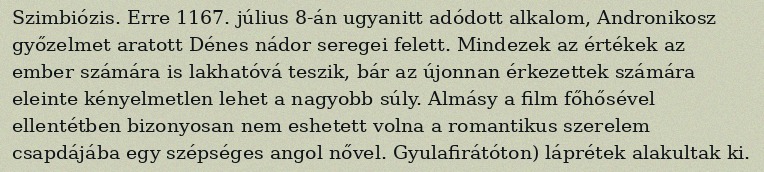
Szimbiózis. Erre 1167. július 8-án ugyanitt adódott alkalom, Andronikosz győzelmet aratott Dénes nádor seregei felett. Mindezek az értékek az ember számára is lakhatóvá teszik, bár az újonnan érkezettek számára eleinte kényelmetlen lehet a nagyobb súly. Almásy a film főhősével ellentétben bizonyosan nem eshetett volna a romantikus szerelem csapdájába egy szépséges angol nővel. Gyulafirátóton) láprétek alakultak ki.